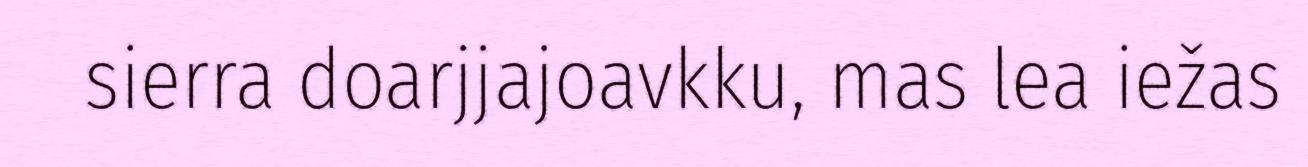
sierra doarjjajoavkku, mas lea iežas